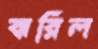
ঝরিল